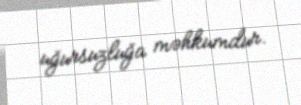
uğursuzluğa məhkumdur.